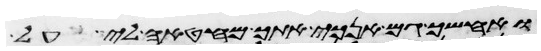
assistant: ואחשך גם אנכי אתך מחטאה לי על